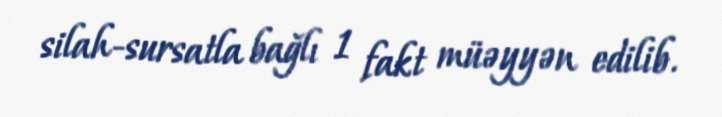
silah-sursatla bağlı 1 fakt müəyyən edilib.